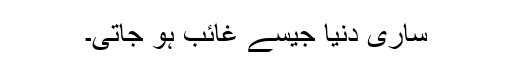
ساری دنیا جیسے غائب ہو جاتی۔